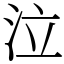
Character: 泣